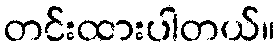
တင်းထားပါတယ်။